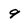
Character: 9